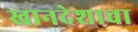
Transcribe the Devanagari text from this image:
खानदेशाचा